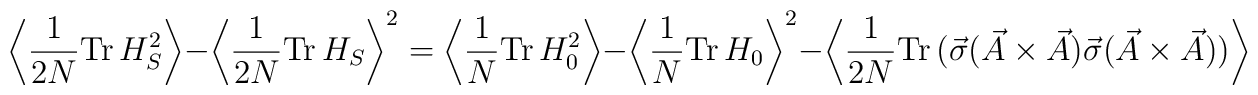
\left\langle \frac{1}{2N} \mbox{Tr} \, H_S^2 \right\rangle -\left\langle \frac{1}{2N} \mbox{Tr} \, H_S \right\rangle^{2} =\left\langle \frac{1}{N} \mbox{Tr} \, H_0^2 \right\rangle -\left\langle \frac{1}{N} \mbox{Tr} \, H_0 \right\rangle^{2} -\left\langle \frac{1}{2N} \mbox{Tr} \, (\vec{\sigma }(\vec{A} \times \vec{A} ) \vec{\sigma } (\vec{A} \times \vec{A} ) )\right\rangle